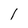
Character: I